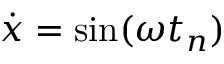
\dot { x } = \sin ( \omega t _ { n } )